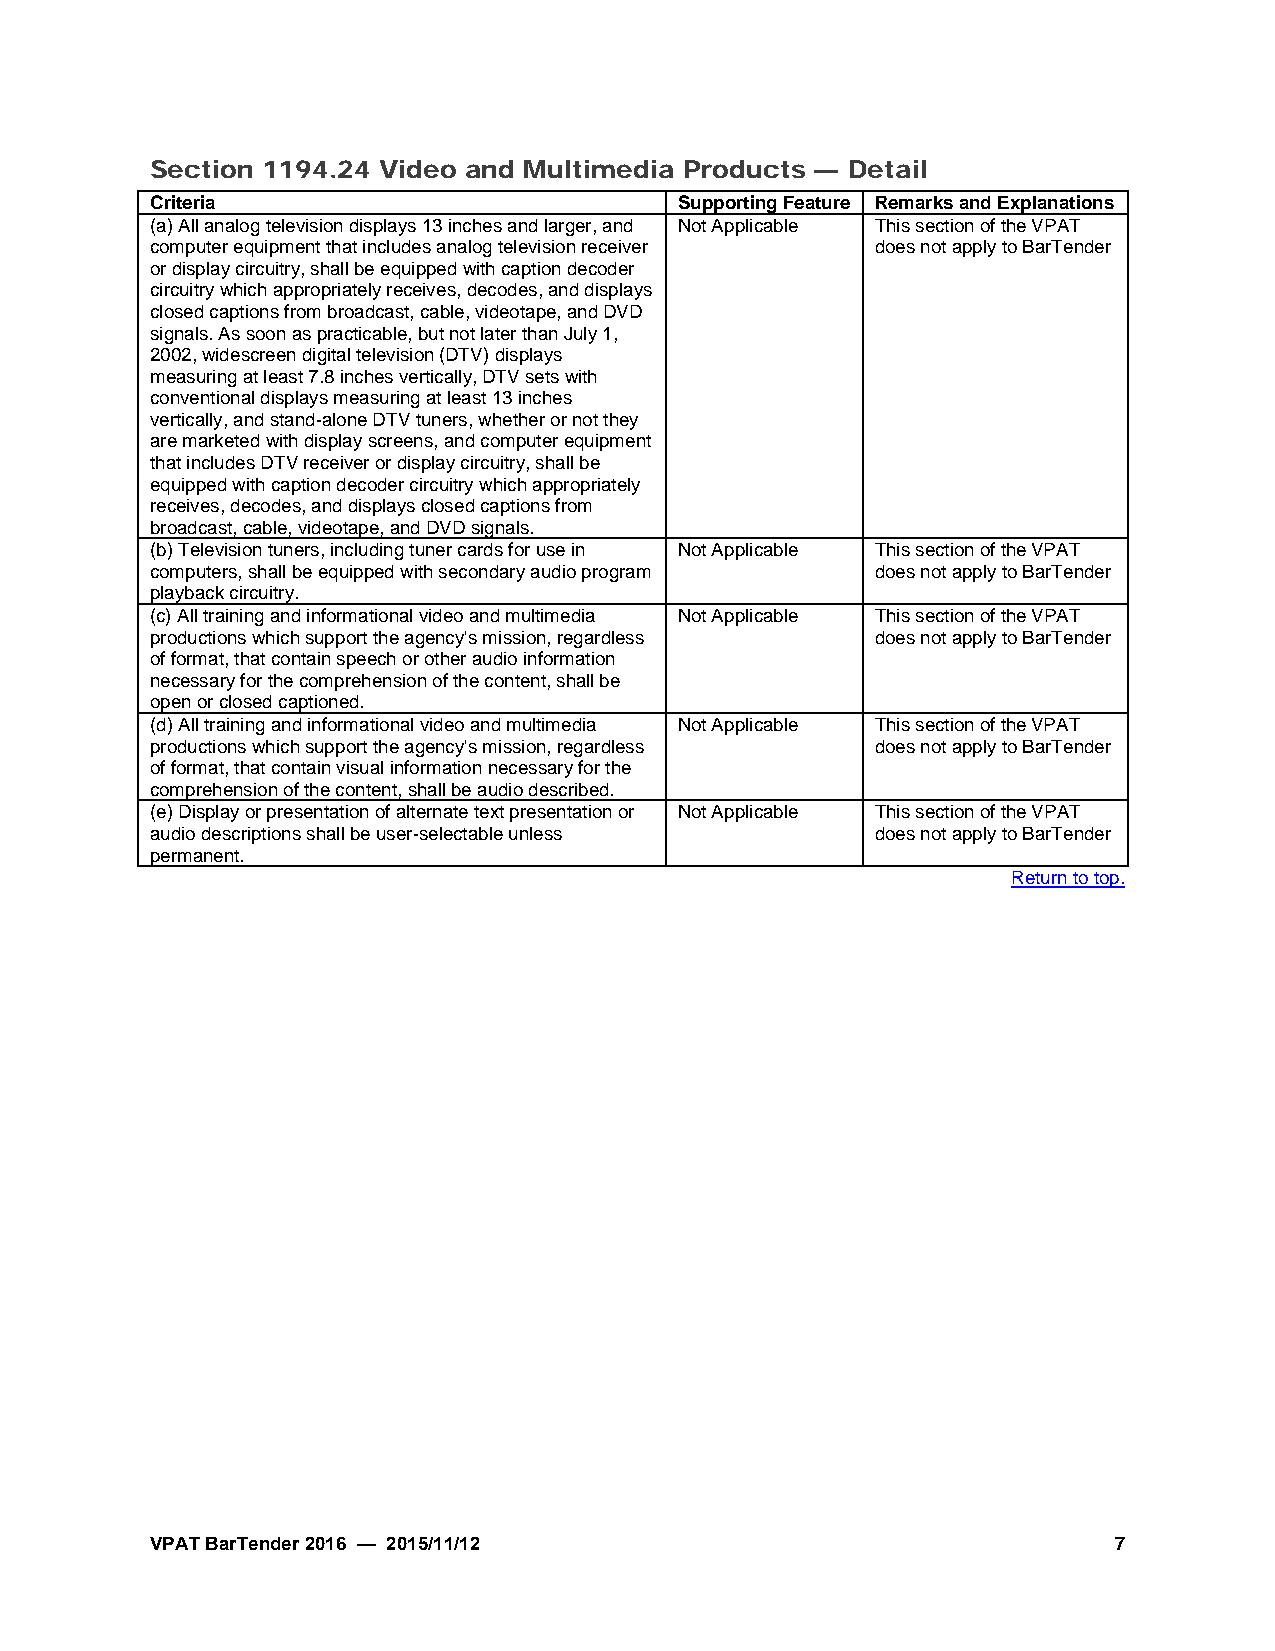
Section 1194.24 Video and Multimedia Products — Detail
 Criteria                           Supporting Feature Remarks and Explanations
 (a)All analog television displays 13 inches and larger, and Not Applicable This section of the VPAT
 computer equipment that includes analog television receiver does not apply to BarTender
 or display circuitry, shall be equipped with caption decoder
 circuitry which appropriately receives, decodes, and displays
 closed captions from broadcast, cable, videotape, and DVD
 signals. As soon as practicable, but not later than July 1,
 2002, widescreen digital television (DTV) displays
 measuring at least 7.8 inches vertically, DTV sets with
 conventional displays measuring at least 13 inches
 vertically, and stand-alone DTV tuners, whether or not they
 are marketed with display screens, and computer equipment
 that includes DTV receiver or display circuitry, shall be
 equipped with caption decoder circuitry which appropriately
 receives, decodes, and displays closed captions from
 broadcast, cable, videotape, and DVD signals.
 (b)Television tuners, including tuner cards for use in Not Applicable This section of the VPAT
 computers, shall be equipped with secondary audio program does not apply to BarTender
 playback circuitry.
 (c)All training and informational video and multimedia Not Applicable This section of the VPAT
 productions which support the agency's mission, regardless does not apply to BarTender
 of format, that contain speech or other audio information
 necessary for the comprehension of the content, shall be
 open or closed captioned.
 (d)All training and informational video and multimedia Not Applicable This section of the VPAT
 productions which support the agency's mission, regardless does not apply to BarTender
 of format, that contain visual information necessary for the
 comprehension of the content, shall be audio described.
 (e)Display or presentation of alternate text presentation or Not Applicable This section of the VPAT
 audio descriptions shall be user-selectable unless does not apply to BarTender
 permanent.
 Return to top.
 VPAT BarTender 2016 — 2015/11/12                                7